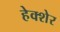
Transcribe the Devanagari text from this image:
हेक्शेर